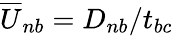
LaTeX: {\overline{{U}}}_{nb}=D_{nb}/t_{bc}